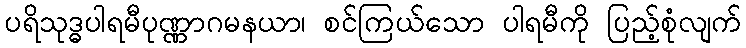
ပရိသုဒ္ဓပါရမီပုဏ္ဏာဂမနယာ၊ စင်ကြယ်သော ပါရမီကို ပြည့်စုံလျက်